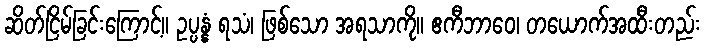
ဆိတ်ငြိမ်ခြင်းကြောင့်။ ဥပ္ပန္နံ ရသံ၊ ဖြစ်သော အရသာကို။ ဧကီဘာဝေ၊ တယောက်အထီးတည်း